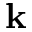
\textbf { k }